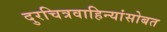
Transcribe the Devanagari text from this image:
दुरचित्रवाहिन्यांसोबत